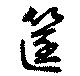
筐